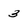
Character: 3